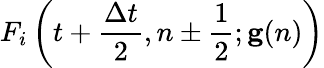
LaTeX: F_{i}\left(t+\frac{\Delta t}{2},n\pm\frac{1}{2};\mathbf{g}(n)\right)